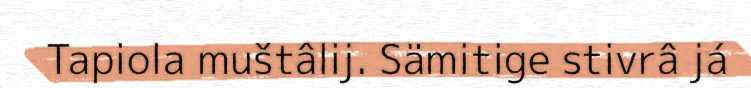
Tapiola muštâlij. Sämitige stivrâ já